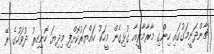
ޗާންދަނީމަގުގައި ހިންގި މާރާމާރީއާ ގުޅިގެން މީހަކު ހައްޔަރުކޮށްފި މިދިޔަ ހޮނިހިރު ދުވަހުގެ ރޭ